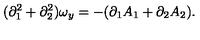
( \partial _ { 1 } ^ { 2 } + \partial _ { 2 } ^ { 2 } ) \omega _ { y } = - ( \partial _ { 1 } A _ { 1 } + \partial _ { 2 } A _ { 2 } ) .